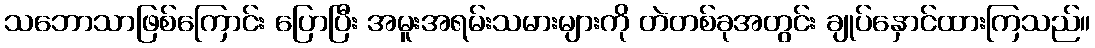
သဘောသာဖြစ်ကြောင်း ပြောပြီး အမူးအရမ်းသမားများကို တဲတစ်ခုအတွင်း ချုပ်နှောင်ထားကြသည်။